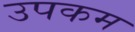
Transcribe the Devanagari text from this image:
उपकम